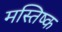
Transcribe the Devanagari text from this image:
मस्‍तिष्क